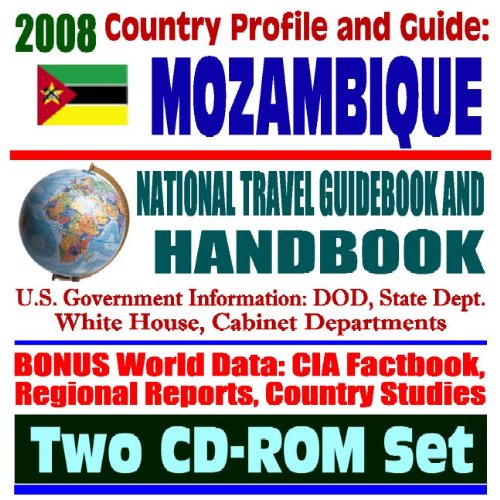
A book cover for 2008 Country Profile and Guide to Mozambique- National Travel Guidebook and Handbook - Earthquake, Flooding, AIDS, Peace Corps, South African Development Community (SADC), USAID (Two CD-ROM Set); U.S. Government; Travel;